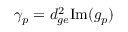
\gamma _ { p } = d _ { g e } ^ { 2 } \mathrm { I m } ( g _ { p } )